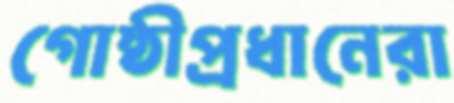
গোষ্ঠীপ্রধানেরা